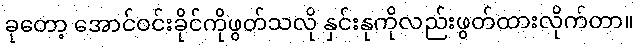
ခုတော့ အောင်ဝင်းခိုင်ကိုဖွတ်သလို နှင်းနုကိုလည်းဖွတ်ထားလိုက်တာ။